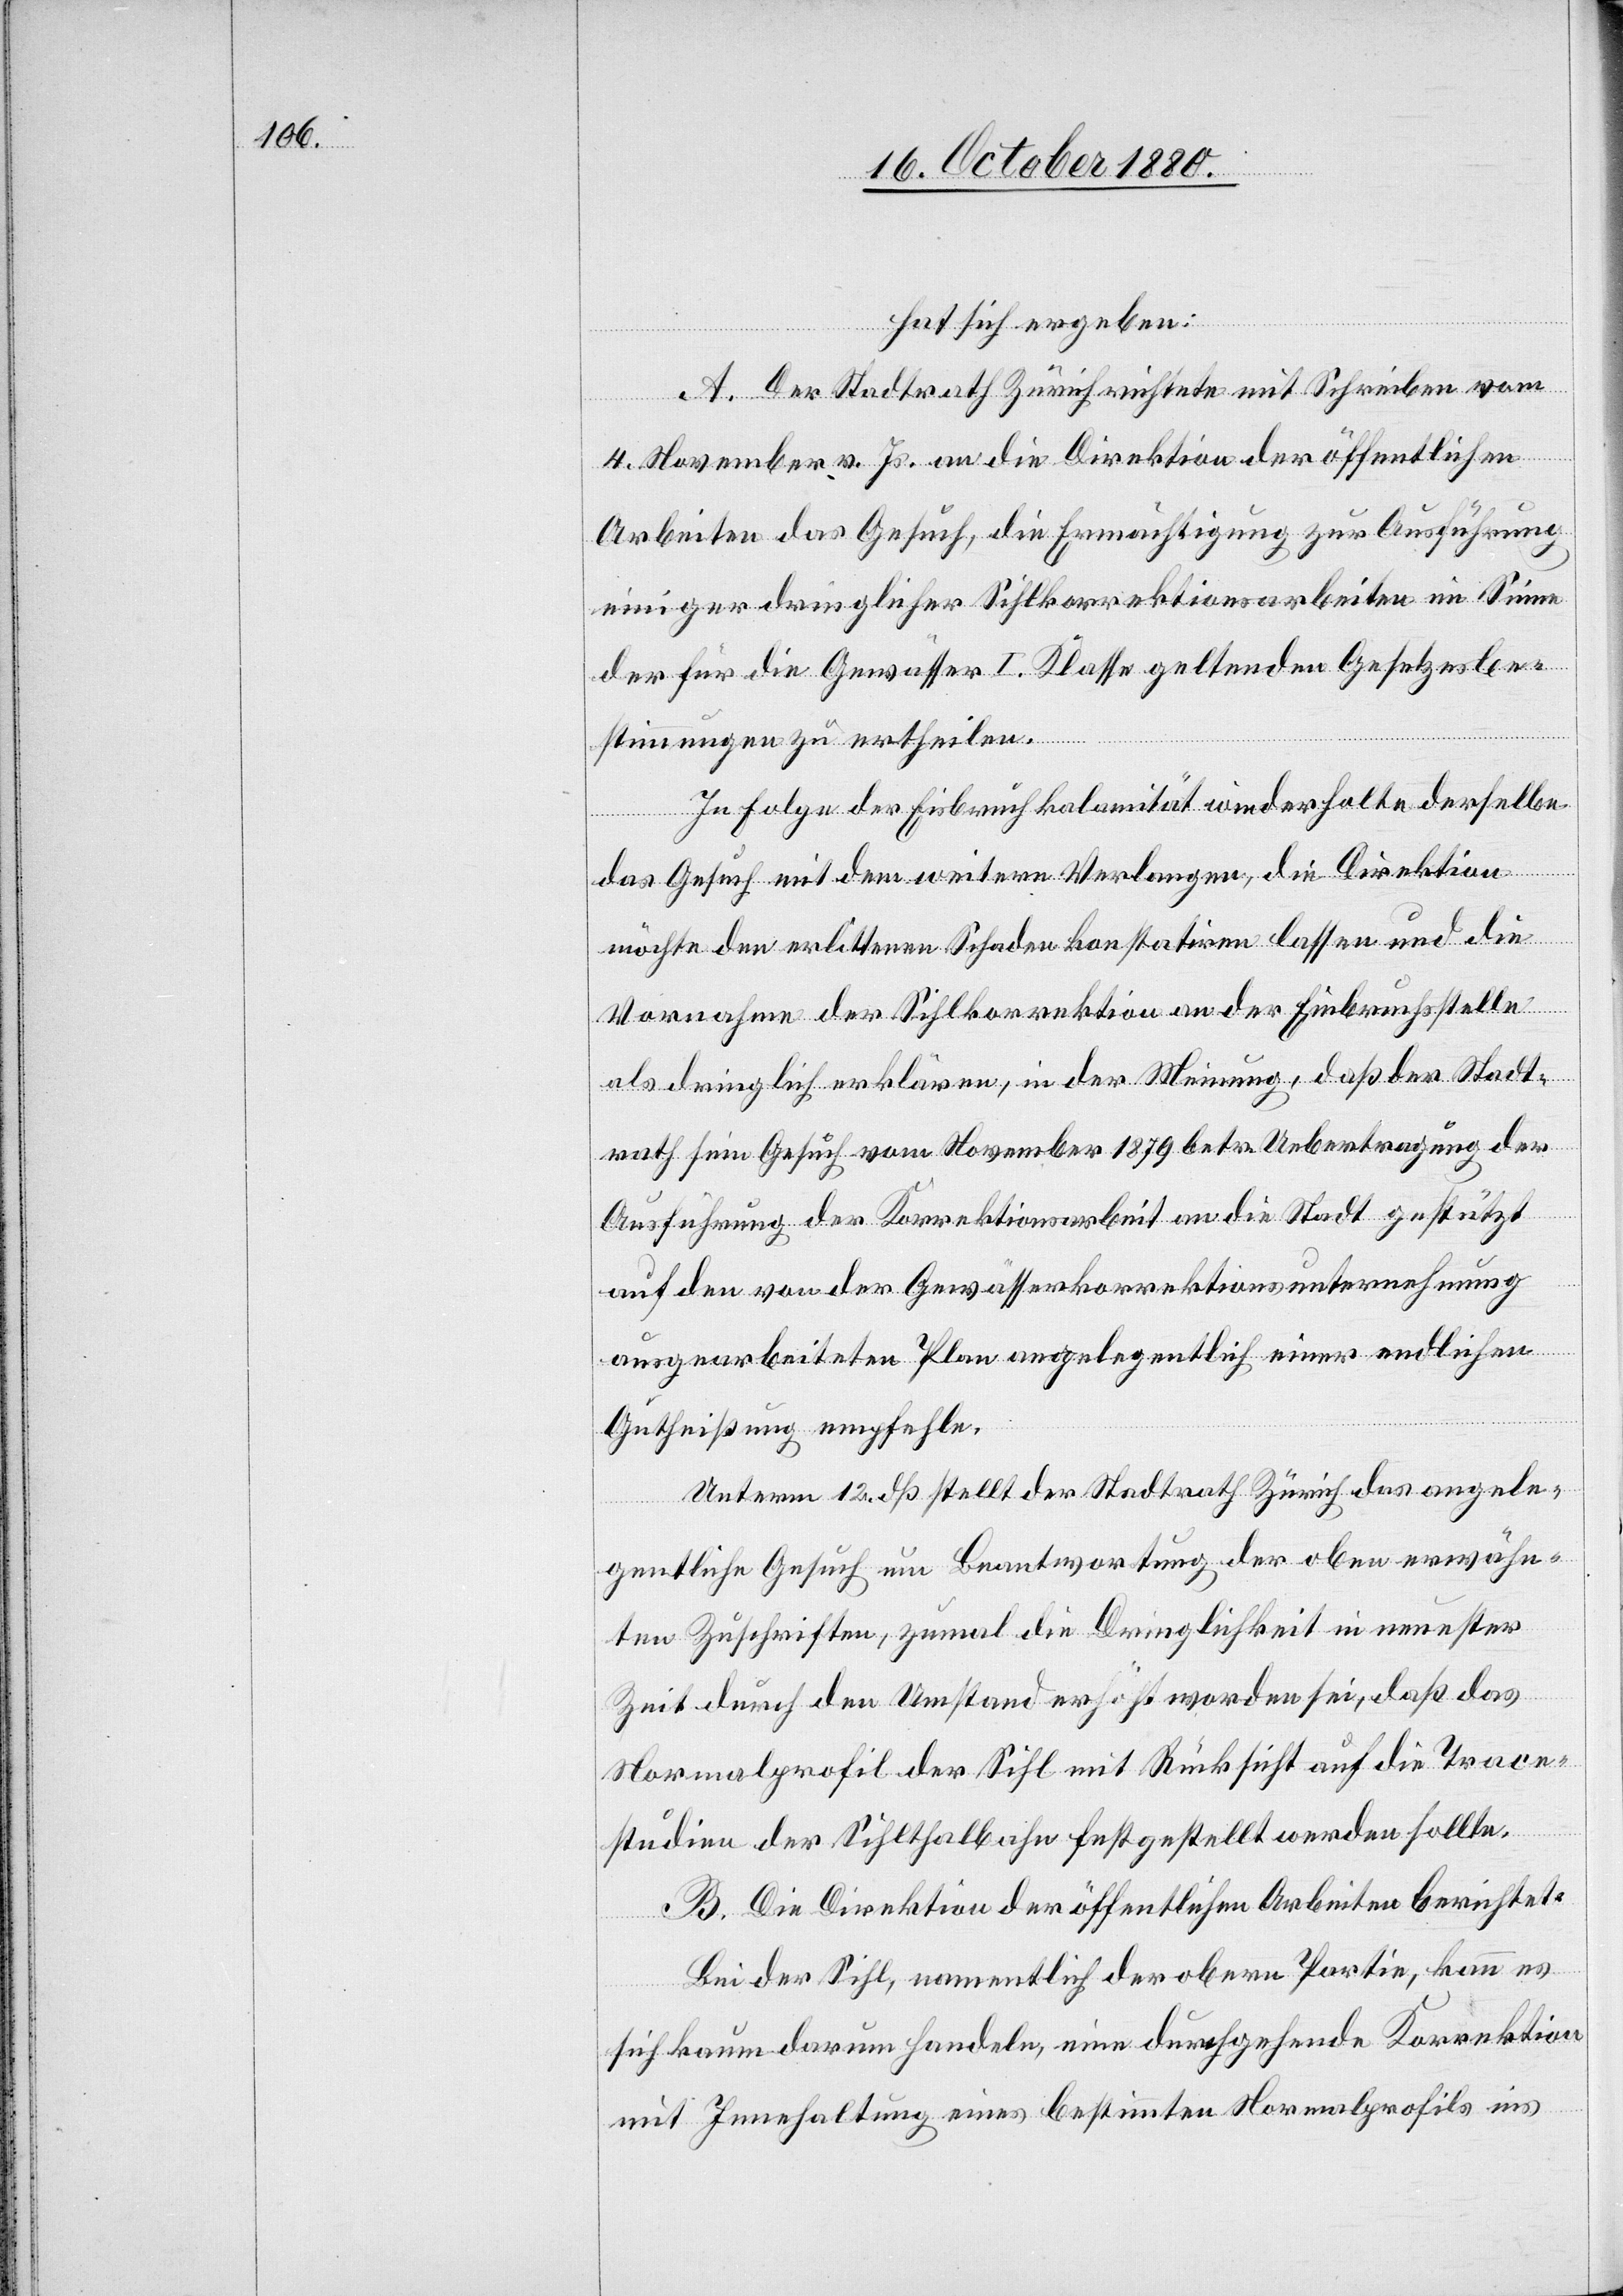
hat sich ergeben:
A. Der Stadtrath Zürich richtete mit Schreiben vom
4. November v. Js. an die Direktion der öffentlichen
Arbeiten das Gesuch, die Ermächtigung zur Ausführung
einiger dringlicher Sihlkorrektionsarbeiten im Sinne
der für die Gewässer I. Klasse geltenden Gesetzesbe¬
stimmungen zu ertheilen.
In Folge der Eisbruchkalamität wiederholte derselbe
das Gesuch mit dem weitern Verlangen, die Direktion
möchte den erlittenen Schaden konstatiren lassen und die
Vornahme der Sihlkorrektion an der Einbruchstelle
als dringlich erklären, in der Meinung, daß der Stadt¬
rath sein Gesuch vom November 1879 betr. Uebertragung der
Ausführung der Korrektionsarbeit an die Stadt gestützt
auf den von der Gewässerkorrektionsunternehmung
ausgearbeiteten Plan angelegentlichst einer endlichen
Gutheißung empfehle.
Unterm 12. dß stellt der Stadtrath Zürich das angele¬
gentliche Gesuch um Beantwortung der oben erwähn¬
ten Zuschriften, zumal die Dringlichkeit in neuester
Zeit durch den Umstand erhöht worden sei, daß das
Normalprofil der Sihl mit Rücksicht auf die Trace¬
studien der Sihlthalbahn festgestellt werden sollte.
B. Die Direktion der öffentlichen Arbeiten berichtet:
Bei der Sihl, namentlich der obern Partie, kann es
sich kaum darum handeln, eine durchgehende Korrektion
mit Innehaltung eines bestimmten Normalprofils ins